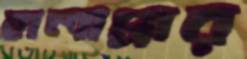
হালাপ্পার